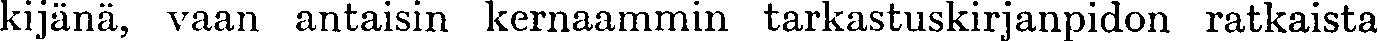
kijänä, vaan antaisin kernaammin tarkastuskirjanpidon ratkaista